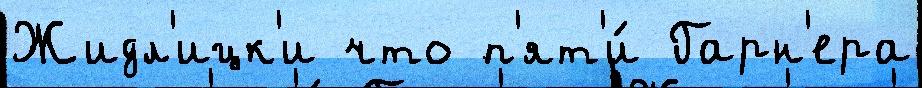
Жидл'ицк'и что п'ят'и́ Гарн'ера